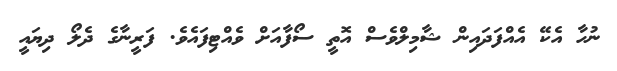
ނުހާ އެކޭ އެއްފަދައިން ޝާމިލްވެސް އޮތީ ސޯފާއަށް ވެއްޓިފައެވެ. ފަރީނާގެ ދެލޯ ދިޔައީ